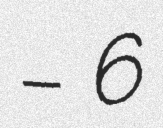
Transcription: – 6